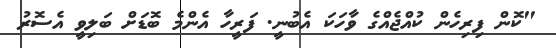
"ކޮން ފިރިހެން ކުއްޖެއްގެ ވާހަކަ އެބުނީ. ފަރީހާ އެންމެ ބޮޑަށް ބަލިވީ އެސޮރު